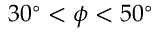
3 0 ^ { \circ } < \phi < 5 0 ^ { \circ }